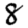
Digit: 8